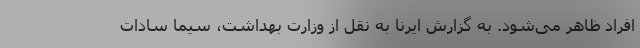
افراد ظاهر می‌شود. به گزارش ایرنا به نقل از وزارت بهداشت، سیما سادات